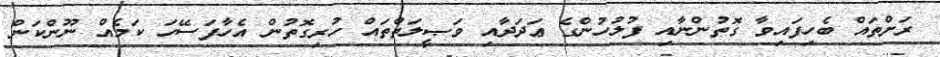
ރަށްތައް ބެހިފައިވާ ގޮތުންނާއި ފުލުހުންގެ ޢަދަދާއި ވަޞީލަތްތައް ހުރިގޮތުން އެހާފަސޭހަ ކަމެއް ނޫންކަން